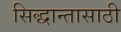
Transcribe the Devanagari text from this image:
सिद्धान्तासाठी